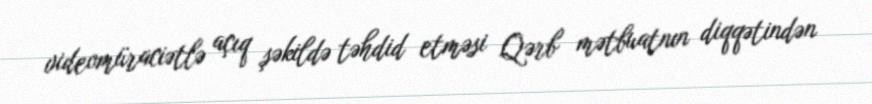
videomüraciətlə açıq şəkildə təhdid etməsi Qərb mətbuatnın diqqətindən